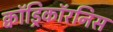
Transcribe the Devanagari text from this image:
क्वॉड्रिकॉरनिस